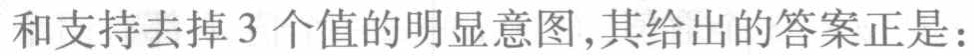
和支持去掉3个值的明显意图,其给出的答案正是：